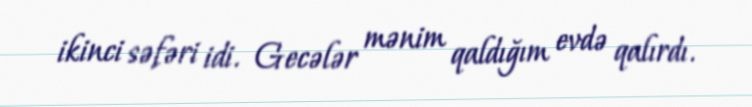
ikinci səfəri idi. Gecələr mənim qaldığım evdə qalırdı.